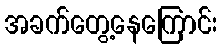
အခက်တွေ့နေကြောင်း